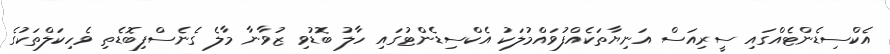
އެކްސިޑެންޓެއްގައި ސީރިއަސް އަނިޔާތަކެއްފުވައްމުލަކު އެކްސިޑެންޓުގައި ހާލު ބޮޑުވި ޒުވާނާ މާލެ ގެނެސްފިބޮޑެތި ވެހިކަލްތަކުގެ